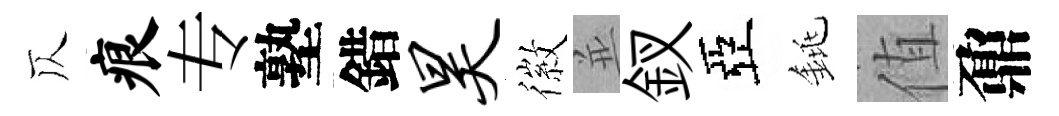
仄痕专塾錯昊徽並釵亞銚值鼐